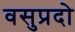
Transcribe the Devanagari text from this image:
वसुप्रदो